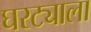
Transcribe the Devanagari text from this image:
घरट्याला